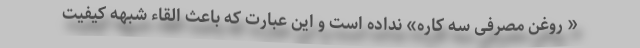
« روغن مصرفی سه کاره» نداده است و این عبارت که باعث القاء شبهه کیفیت